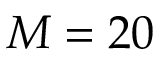
M = 2 0